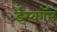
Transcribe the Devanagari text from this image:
ईस्काॅन